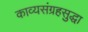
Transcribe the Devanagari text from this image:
काव्यसंग्रहसुद्धा